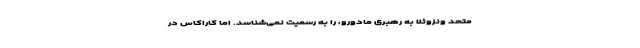
متحد ونزوئلا به رهبری مادورو، را به رسمیت نمی‌شناسد. اما کاراکاس در